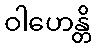
ဝါဟေန္တိ